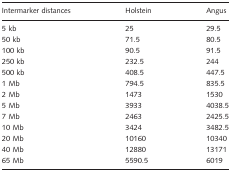
<table><thead><tr><td><b>Intermarker distances</b></td><td><b>Holstein</b></td><td><b>Angus</b></td></tr></thead><tbody><tr><td>5 kb</td><td>25</td><td>29.5</td></tr><tr><td>50 kb</td><td>71.5</td><td>80.5</td></tr><tr><td>100 kb</td><td>90.5</td><td>91.5</td></tr><tr><td>250 kb</td><td>232.5</td><td>244</td></tr><tr><td>500 kb</td><td>408.5</td><td>447.5</td></tr><tr><td>1 Mb</td><td>794.5</td><td>835.5</td></tr><tr><td>2 Mb</td><td>1473</td><td>1530</td></tr><tr><td>5 Mb</td><td>3933</td><td>4038.5</td></tr><tr><td>7 Mb</td><td>2463</td><td>2425.5</td></tr><tr><td>10 Mb</td><td>3424</td><td>3482.5</td></tr><tr><td>20 Mb</td><td>10160</td><td>10340</td></tr><tr><td>40 Mb</td><td>12880</td><td>13171</td></tr><tr><td>65 Mb</td><td>5590.5</td><td>6019</td></tr></tbody></table>